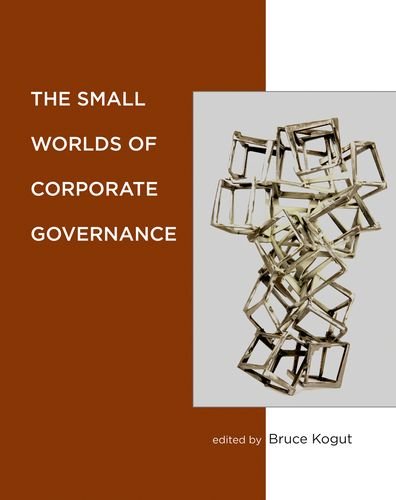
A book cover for The Small Worlds of Corporate Governance; Business & Money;